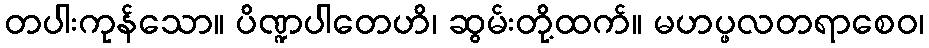
တပါးကုန်သော။ ပိဏ္ဍပါတေဟိ၊ ဆွမ်းတို့ထက်။ မဟပ္ဖလတရာစေဝ၊